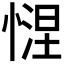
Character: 𢟗